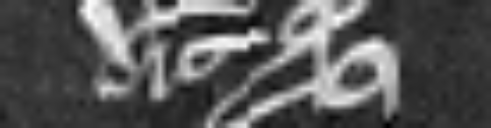
et dicit quod